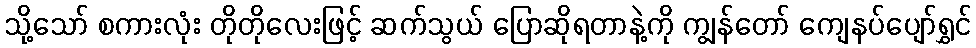
သို့သော် စကားလုံး တိုတိုလေးဖြင့် ဆက်သွယ် ပြောဆိုရတာနဲ့ကို ကျွန်တော် ကျေနပ်ပျော်ရွှင်